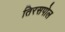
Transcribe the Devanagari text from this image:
तिरसपोल